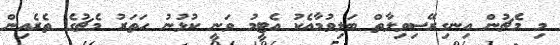
މި މެޗުން އިނގިރޭސިވިލާތް ބަލިވުމާއެކު އެޓީމު ވަނީ ކުޅުނު ހަތަރު މެޗުގެ ތެރެއިން